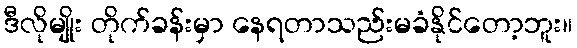
ဒီလိုမျိုး တိုက်ခန်းမှာ နေရတာသည်းမခံနိုင်တော့ဘူး။